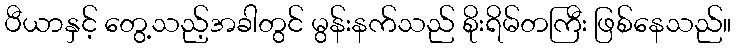
ပီယာနှင့် တွေ့သည့်အခါတွင် မွန်းနက်သည် စိုးရိမ်တကြီး ဖြစ်နေသည်။